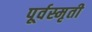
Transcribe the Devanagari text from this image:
पूर्वस्मृती